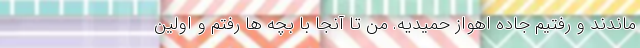
ماندند و رفتیم جاده اهواز حمیدیه. من تا آنجا با بچه ها رفتم و اولین